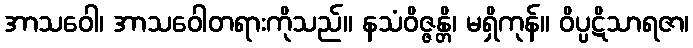
အာသဝေါ၊ အာသဝေါတရားကိုသည်။ နသံဝိဇ္ဇန္တိ၊ မရှိကုန်။ ဝိပ္ပဋိသာရဇာ၊